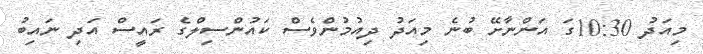
މިއަދު 10:30ގަ އަންނާށޭ ބުނެ މިއަދު ދިއުމުންވެސް ކައުންސިލްގެ ރައީސް އަދި ނައިބު